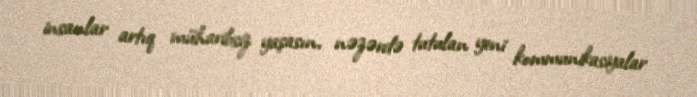
insanlar artıq müharibsiz yaşasın, nəzərdə tutulan yeni kommunikasiyalar